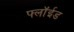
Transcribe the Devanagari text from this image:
फ्लॉईड